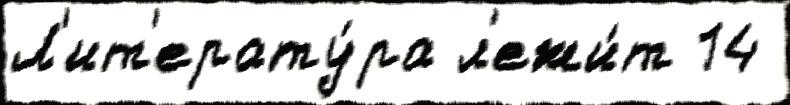
Л'ит'ерату́ра л'ежи́т 14